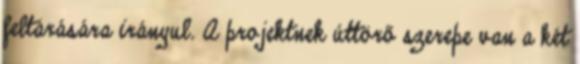
feltárására irányul. A projektnek úttörő szerepe van a két